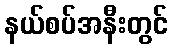
နယ်စပ်အနီးတွင်